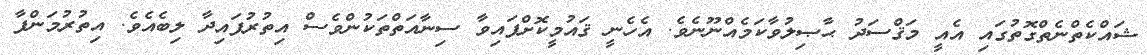
ޝައްކެތްނެތްގޮތުގައި އެއީ މަޤްސަދު ޙާޞިލުވާކަމެއްނޫނެވެ. އެހެނީ ޤައުމީކޮށްފައިވާ ސިނާއަތްތަކުންވެސް އިތުރުފައިދާ ލިބެއެވެ. އިތުރުމަންފާ